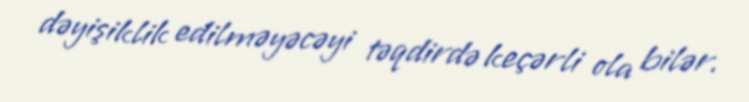
dəyişiklik edilməyəcəyi təqdirdə keçərli ola bilər.